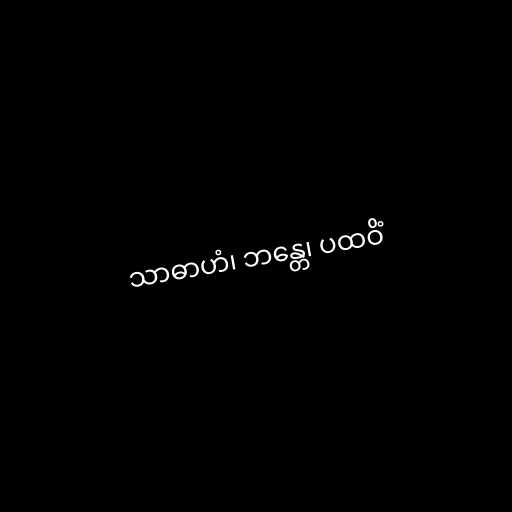
သာဓာဟံ၊ ဘန္တေ၊ ပထဝိံ